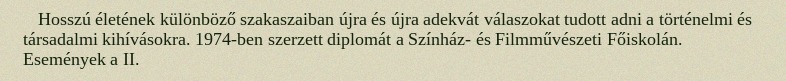
Hosszú életének különböző szakaszaiban újra és újra adekvát válaszokat tudott adni a történelmi és társadalmi kihívásokra. 1974-ben szerzett diplomát a Színház- és Filmművészeti Főiskolán. Események a II.